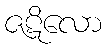
ဇဋိလော